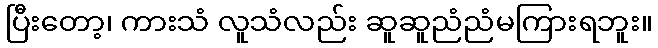
ပြီးတော့၊ ကားသံ လူသံလည်း ဆူဆူညံညံမကြားရဘူး။